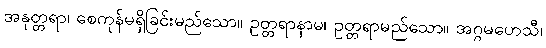
အနုတ္တရာ၊ စေကုန်မရှိခြင်းမည်သော။ ဥတ္တရာနာမ၊ ဥတ္တရာမည်သော။ အဂ္ဂမဟေသီ၊